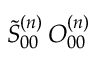
\tilde { S } _ { 0 0 } ^ { ( n ) } \, O _ { 0 0 } ^ { ( n ) }